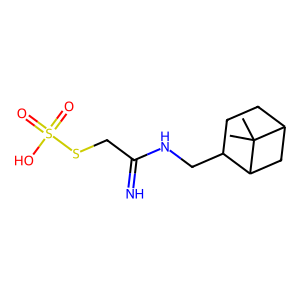
SMILES: CC1(C)C2CCC(CNC(=N)CSS(=O)(=O)O)C1C2
Inhibits HIV replication: No